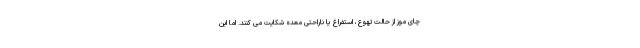
چای موز از حالت تهوع، استفراغ یا ناراحتی معده شکایت می کنند. اما این